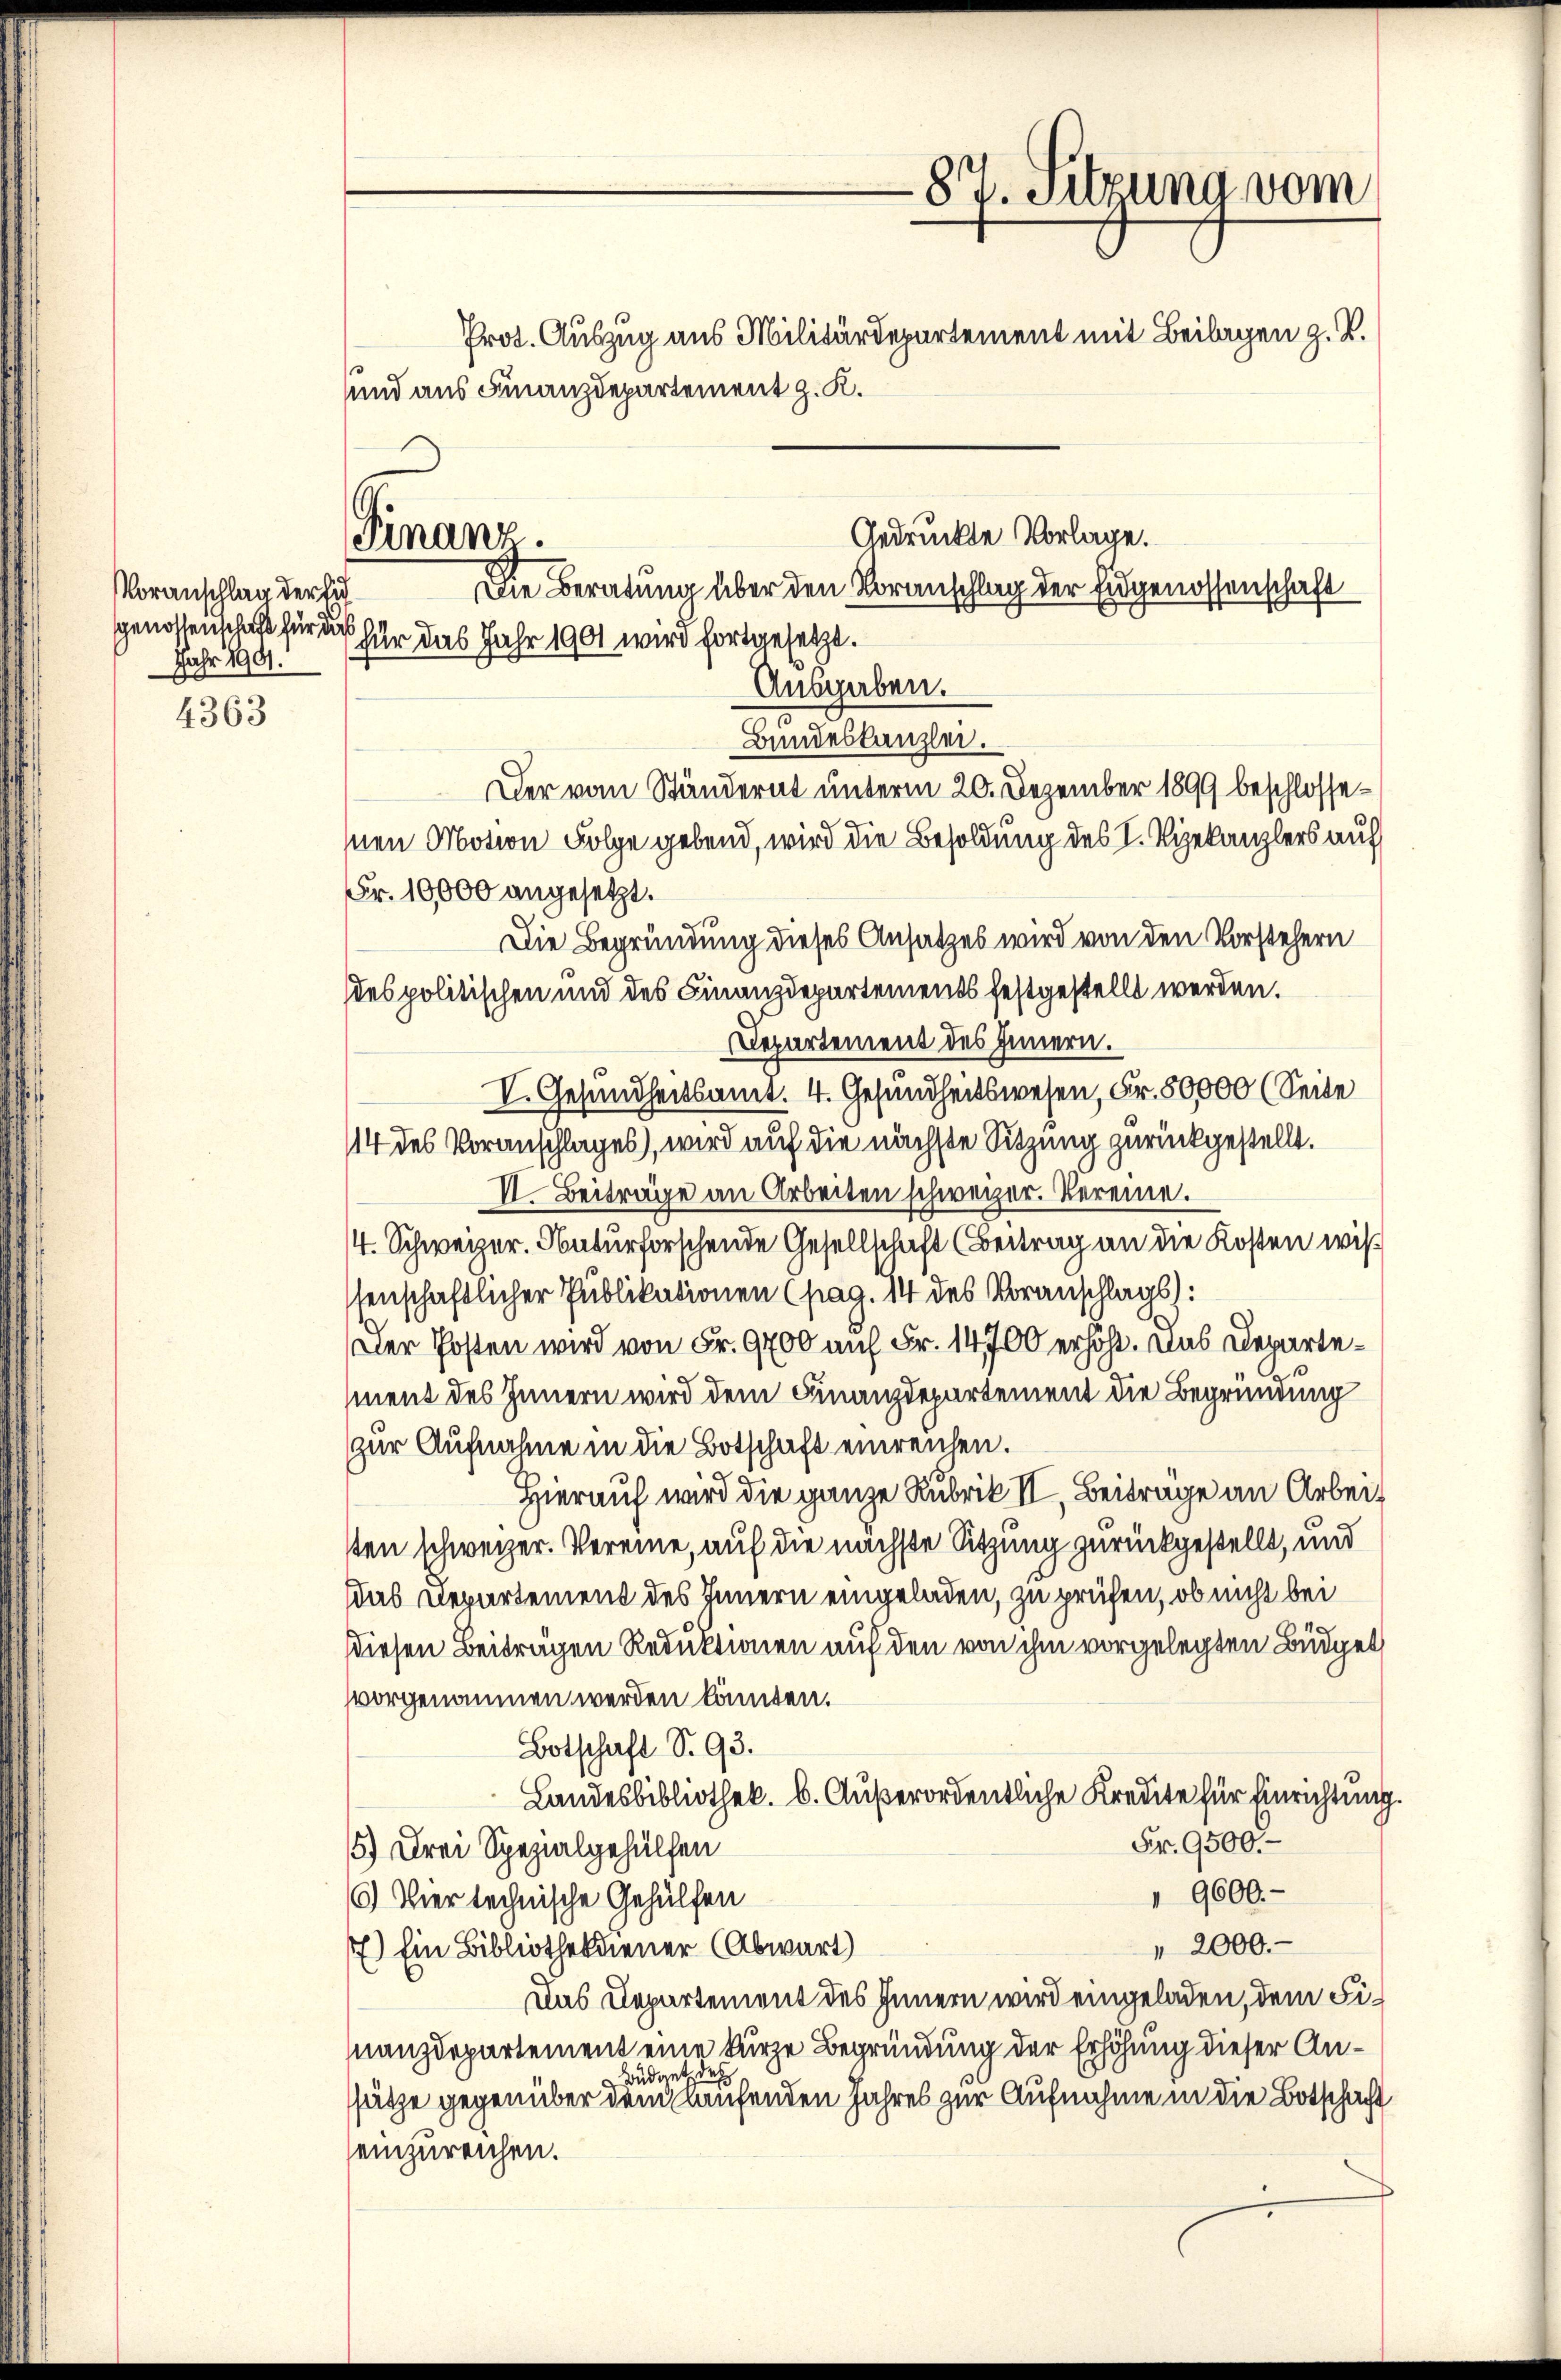
4363

Voranschlag der huf
Genossenschaft für die
Jahr 1901.

Finanz.

87. Sitzuna vom
Prot. Auszug aus Militärdepartement mit Beilagen z. B.

und aus Finanzdepartement z. K.
Die Beratung über den Voranschlag der Eidgenossenschaft
für das Jahr 1901 wird fortgesetzt.
Ausgaben.
Bundeskanzlei.
Der vom Ständerat unterm 20. Dezember 1899 beschlossesnen Motion Folge gebend, wird die Besoldung des I. Riekanzlers auf
Fr. 10,000 angesetzt.
Die Begründung dieses Ansatzes wird von den Vorstehern
des politischen und des Finanzdepartements festgestellt werden.
Departement des Innern.
V. Gesundheitsamt. 4. Gesundheitswesen, Fr. 80000 (Seite
114 des Voranschlages, wird auf die nächste Sitzung zurückgestellt.
VI. Beiträge an Arbeiten schweizer. Vereine.
4. Schweizer. Naturforschende Gesellschaft (Beitrag an die Kosten wissenschaftlicher Publikationen (pag. 14 des Voranschlags):
Der Posten wird von Fr. 9700 auf Fr. 14700 erhöht. Das Departement des Innern wird dem Finanzdepartement die Begründung
zur Aufnahme in die Botschaft einreichen.
Hierauf wird die ganze Rubrik II, Beiträge an Arbeit
sten schweizer. Vereine, auf die nächste Sitzung zurückgestellt, und
das Departement des Innern eingeladen, zu prüfen, ob nicht bei
Diesen Beiträgen Reduktionen auf den von ihm vorgelegten Büdget
vorgenommen werden könnten.
Botschaft S. 93.
Landesbibliothek. b. Außerordentliche Kredite für Einrichtung
Fr. 9500.
15) Drei Spezialgehülfen
" 9600.
6.) Vier technische Gehülfen
" 2000.
) Ein Bibliothekener (Abwart)
Das Departement des Innern wird eingeladen, dem Finanzdepartement eine kurze Begründung der Erhöhung dieser Anüde
ssätze gegenüber dem laufenden Jahres zur Aufnahme in die Botschaft
einzureichen.

Gedruckte Vorlage.